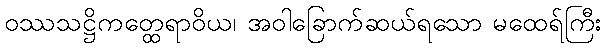
ဝဿသဋ္ဌိကတ္ထေရာဝိယ၊ အဝါခြောက်ဆယ်ရသော မထေရ်ကြီး